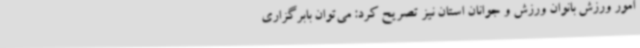
امور ورزش بانوان ورزش و جوانان استان نیز تصریح کرد: می‌توان بابرگزاری